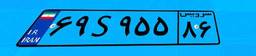
۶۴S۷۰۲۲۹